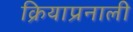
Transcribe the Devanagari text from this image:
क्रियाप्रनाली